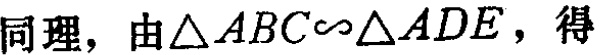
同理，由\(\triangle ABC\sim\triangle ADE\)，得